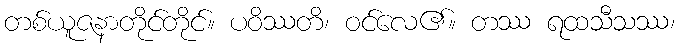
တစ်ယူဇနာတိုင်တိုင်။ ပဝိဿတိ၊ ဝင်လေ၏။ တဿ ရထသီသဿ၊